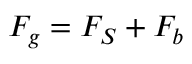
F _ { g } = F _ { S } + F _ { b }